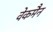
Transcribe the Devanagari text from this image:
वेकमैन